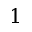
1